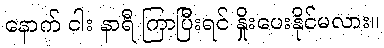
နောက် ငါး နာရီ ကြာပြီးရင် နှိုးပေးနိုင်မလား။